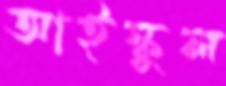
আইস্কুল